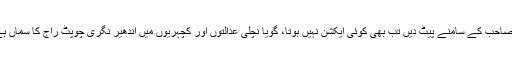
وکلاء بھری عدالت میں باوردی پولیس انسپکٹر کو جج صاحب کے سامنے پیٹ دیں تب بھی کوئی ایکشن نہیں ہوتا، گویا نچلی عدالتوں اور کچہریوں میں اندھیر نگری چوپٹ راج کا سماں ہے،مگر چیف جسٹس نے کبھی اِس طرف توجہ نہیں دی۔